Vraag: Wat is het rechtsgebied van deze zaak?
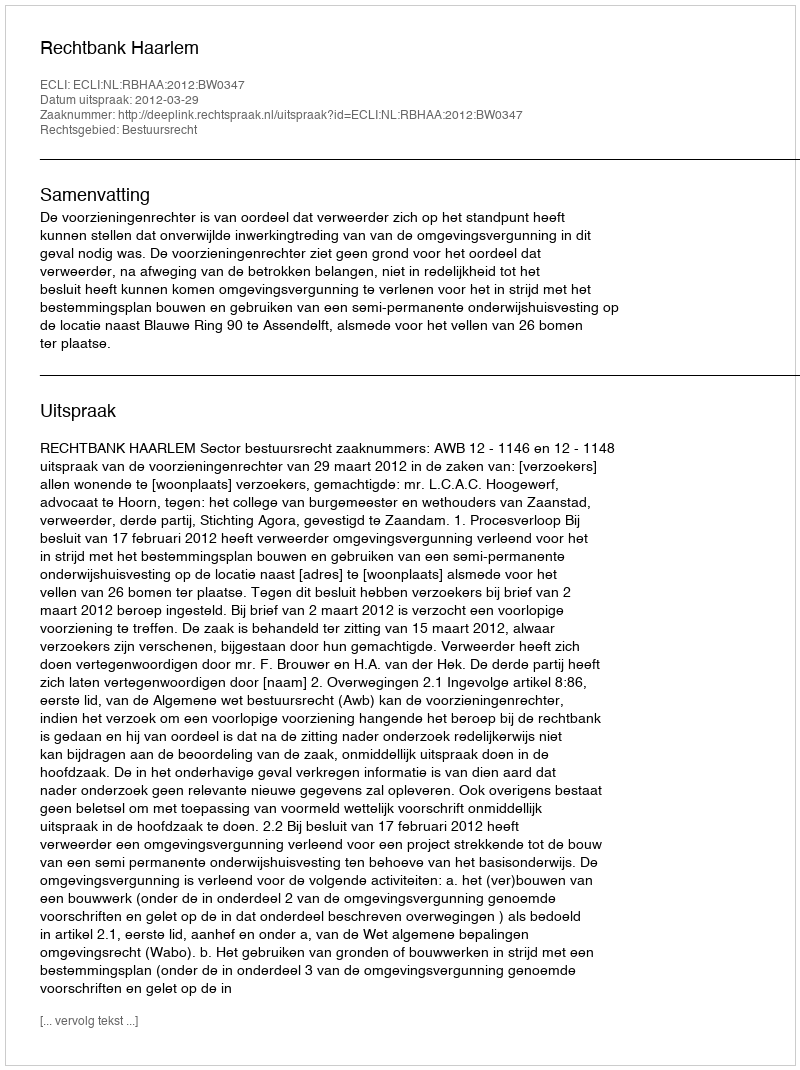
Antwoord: Bestuursrecht